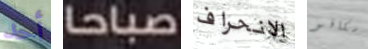
أحد صباحا الانحراف سكافو